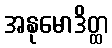
အနုမောဒိတ္ထ